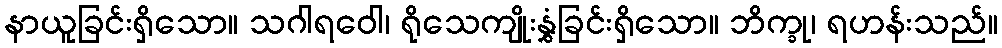
နာယူခြင်းရှိသော။ သဂါရဝေါ၊ ရိုသေကျိုးနွှံခြင်းရှိသော။ ဘိက္ခု၊ ရဟန်းသည်။